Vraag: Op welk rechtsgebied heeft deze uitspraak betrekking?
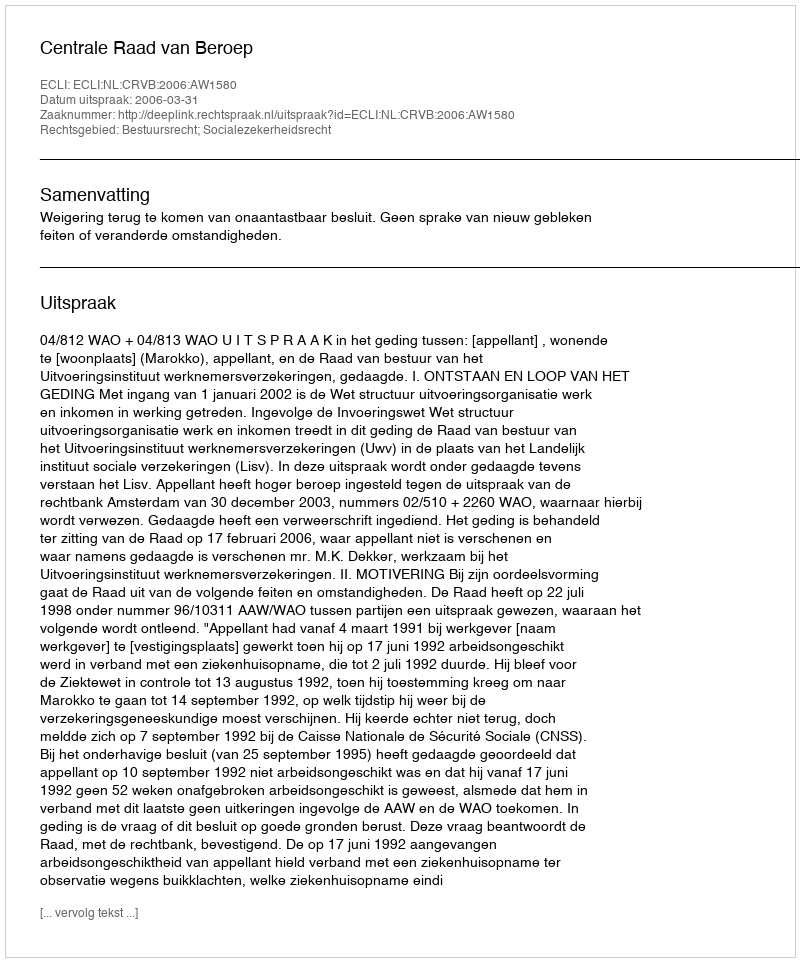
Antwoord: Bestuursrecht; Socialezekerheidsrecht